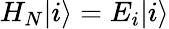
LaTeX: H_{N}|i\rangle=E_{i}|i\rangle